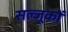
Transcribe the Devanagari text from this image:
सल्जूकों